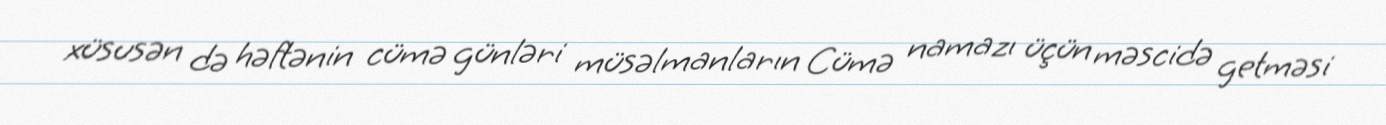
xüsusən də həftənin cümə günləri müsəlmanların Cümə namazı üçün məscidə getməsi